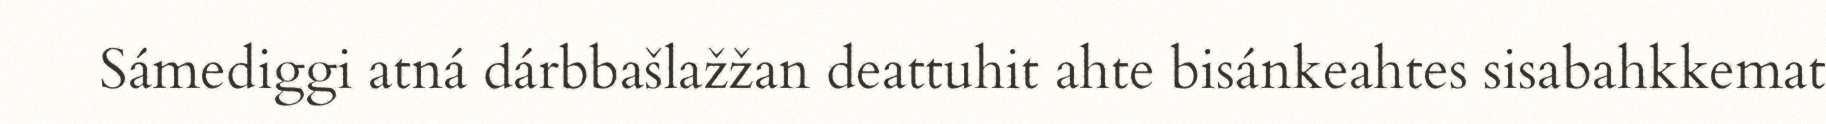
Sámediggi atná dárbbašlažžan deattuhit ahte bisánkeahtes sisabahkkemat